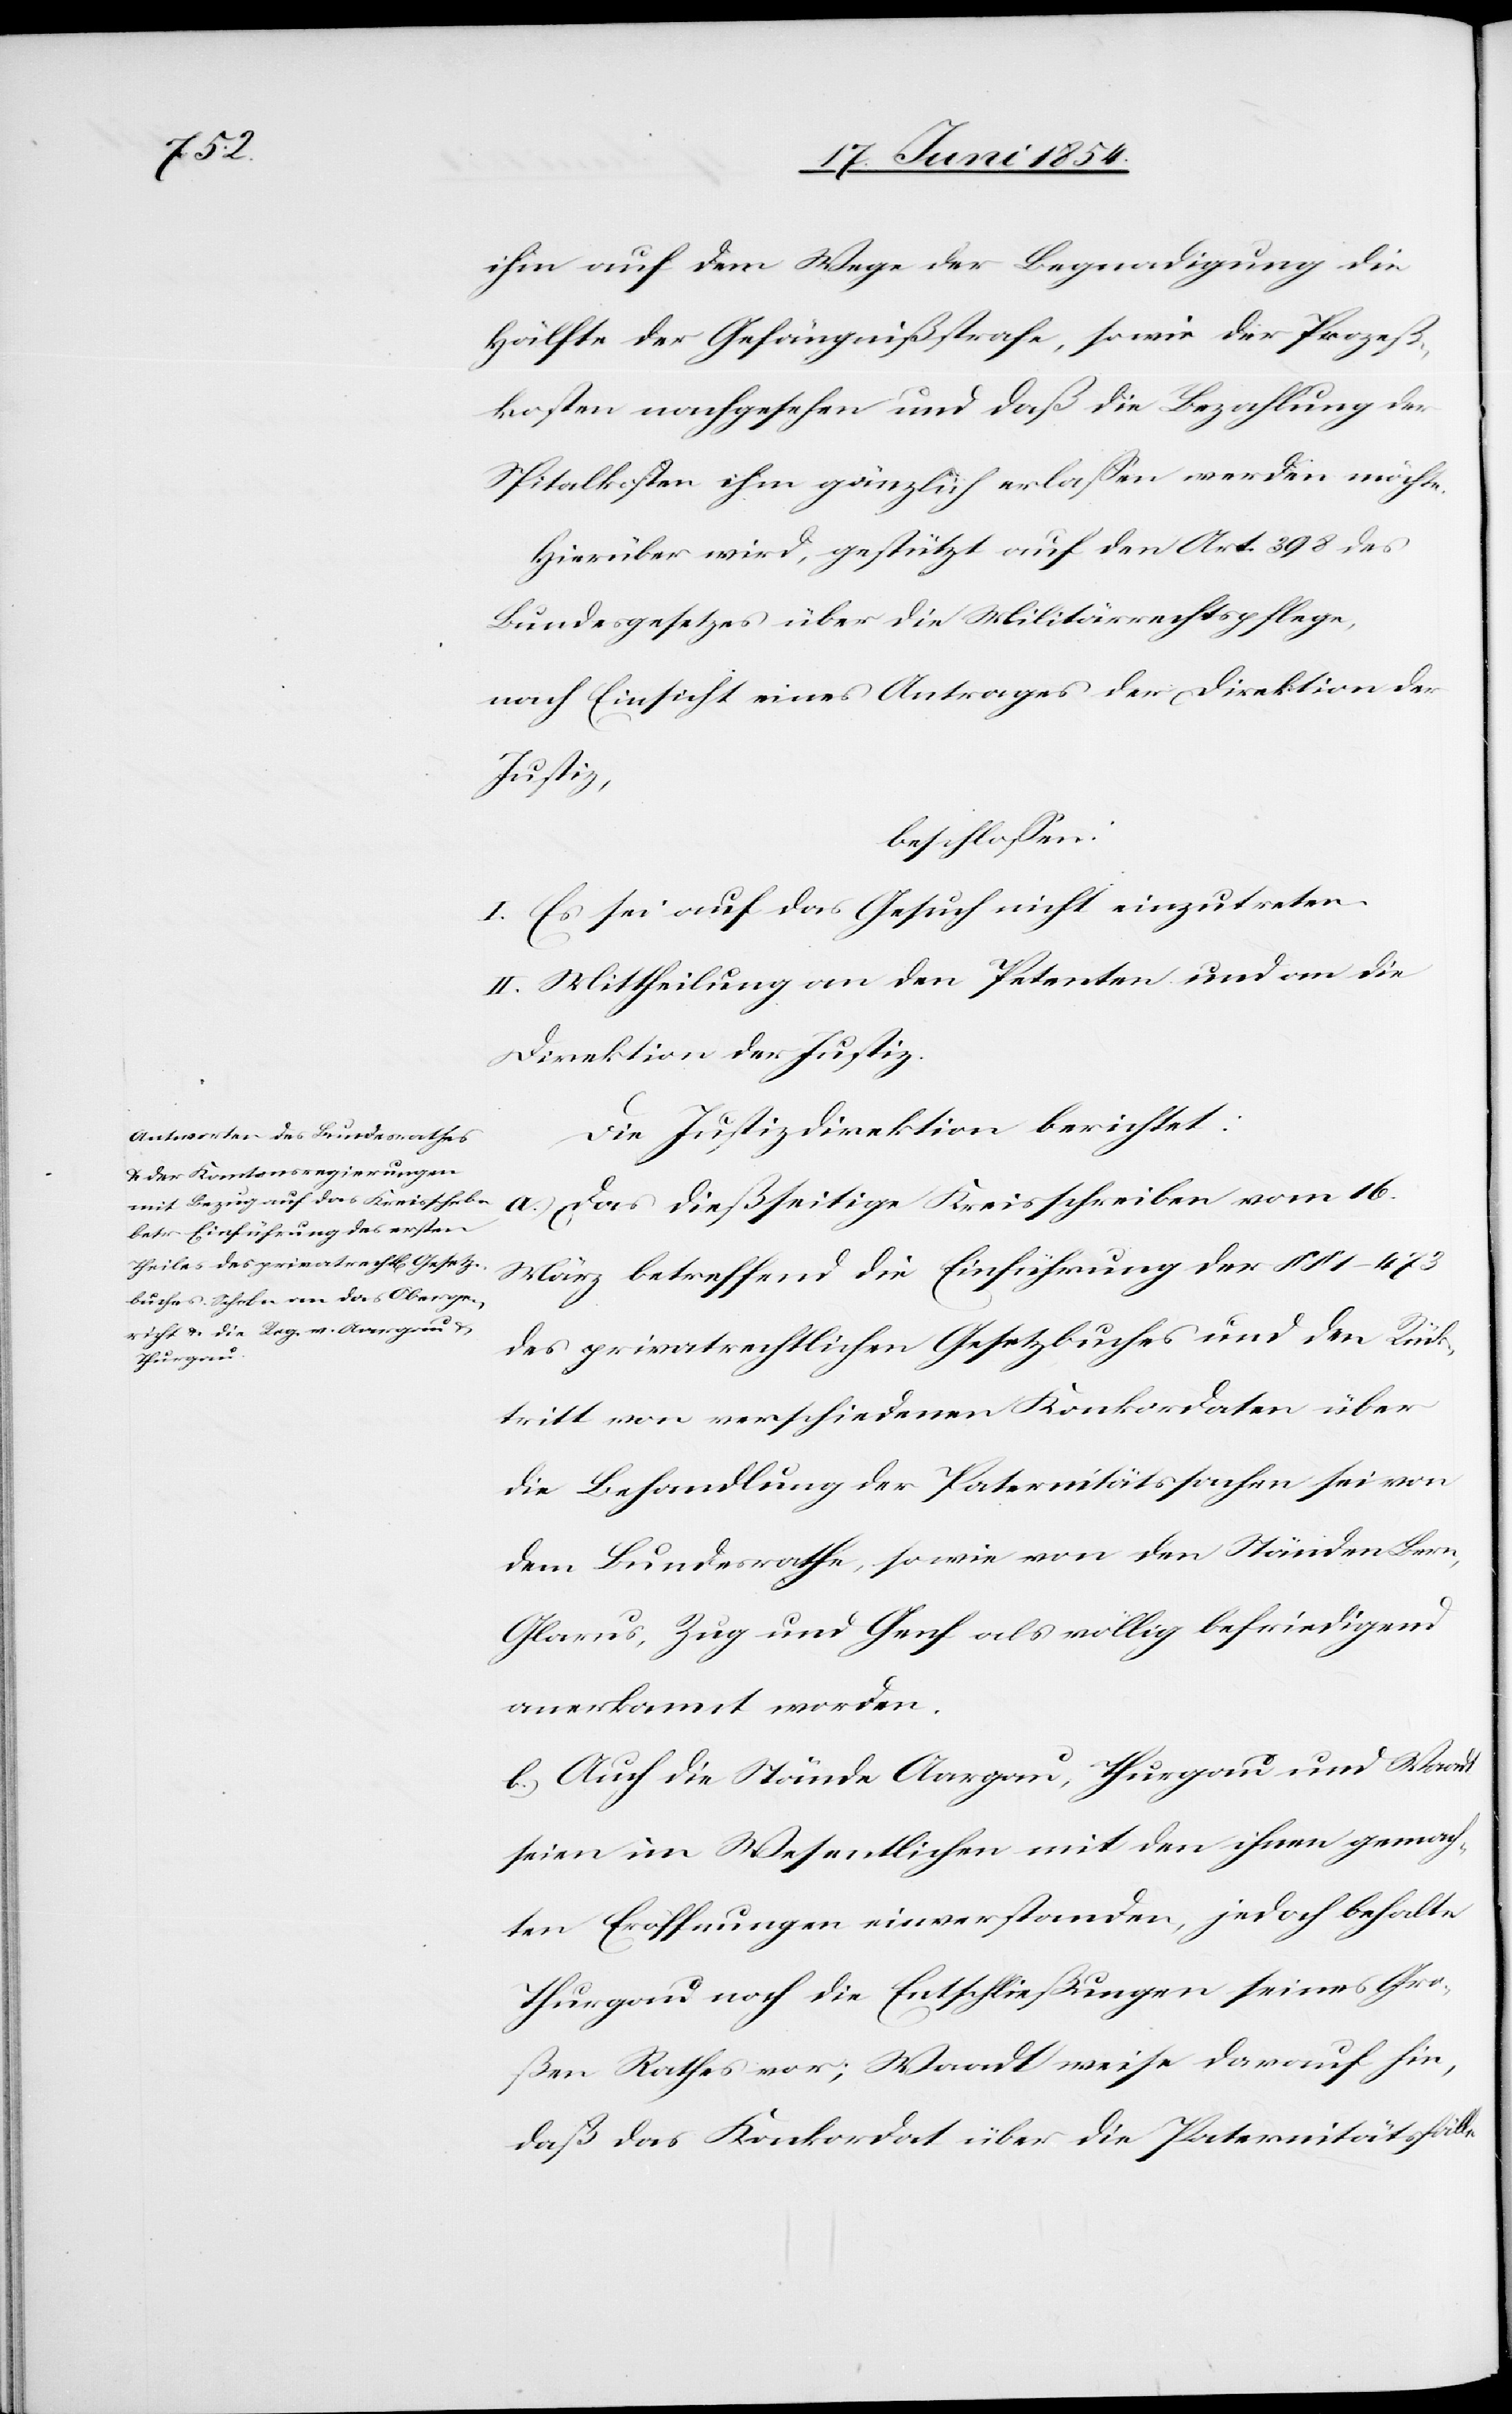
ihm auf dem Wege der Begnadigung die
Hälfte der Gefängnißstrafe, sowie der Prozeß¬
kosten nachgesehen und daß die Bezahlung der
Spitalkosten ihm gänzlich erlaßen werden möchte.
Hierüber wird, gestützt auf den Art. 398 des
Bundesgesetzes über die Militärrechtspflege,
nach Einsicht eines Antrages der Direktion der
Justiz,
beschloßen:
I. Es sei auf das Gesuch nicht einzutreten.
II. Mittheilung an den Petenten und an die
Direktion der Justiz.
Die Justizdirektion berichtet:
a.) Das dießseitige Kreisschreiben vom 16.
März betreffend die Einführung der § § 1–473
des privatrechtlichen Gesetzbuches und den Rück¬
tritt von verschiedenen Konkordaten über
die Behandlung der Paternitätssachen sei von
dem Bundesrathe, sowie von den Ständen Bern,
Glarus, Zug und Genf als völlig befriedigend
anerkannt worden.
b.) Auch die Stände Aargau, Thurgau und Waadt
seien im Wesentlichen mit den ihnen gemach¬
ten Eröffnungen einverstanden, jedoch behalte
Thurgau noch die Entschließungen seines Gro¬
ßen Rathes vor; Waadt weise darauf hin,
daß das Konkordat über die Paternitätsfälle